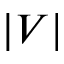
\vert V \vert